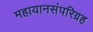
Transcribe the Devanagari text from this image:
महायानसंपरिग्रह